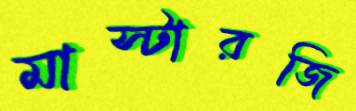
মাস্টারজি